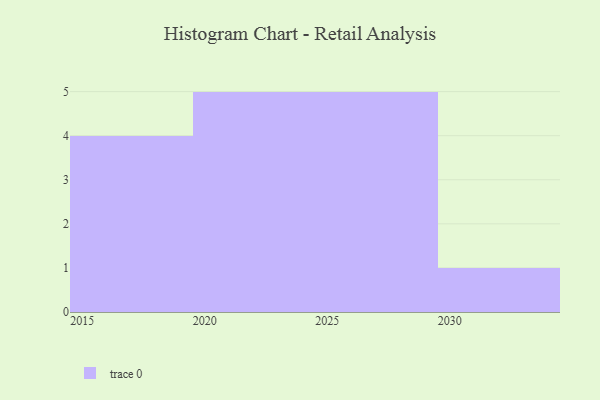
{"axis": {"x": "Year", "y": "Backlog"}, "legend": [""], "data": [{"x": "2023", "y": 67, "type": ""}, {"x": "2027", "y": 80, "type": ""}, {"x": "2030", "y": 81, "type": ""}, {"x": "2022", "y": 94, "type": ""}, {"x": "2029", "y": 61, "type": ""}, {"x": "2016", "y": 65, "type": ""}, {"x": "2015", "y": 58, "type": ""}, {"x": "2028", "y": 22, "type": ""}, {"x": "2017", "y": 38, "type": ""}, {"x": "2019", "y": 45, "type": ""}, {"x": "2021", "y": 5, "type": ""}, {"x": "2020", "y": 19, "type": ""}, {"x": "2026", "y": 8, "type": ""}, {"x": "2024", "y": 88, "type": ""}, {"x": "2025", "y": 80, "type": ""}]}